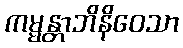
ကမ္မန္တာဘိနိဝေသာ